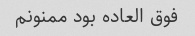
فوق العاده بود ممنونم